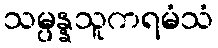
သမ္ပန္နသူကရမံသံ